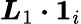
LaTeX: \boldsymbol{L}_{1}\boldsymbol{\cdot}\boldsymbol{1}_{i}